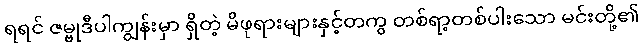
ရရင် ဇမ္ဗုဒီပါကျွန်းမှာ ရှိတဲ့ မိဖုရားများနှင့်တကွ တစ်ရာ့တစ်ပါးသော မင်းတို့၏